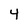
Character: 4